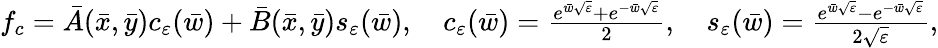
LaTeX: \begin{array}{r}{f_{c}=\bar{A}(\bar{x},\bar{y})c_{\varepsilon}(\bar{w})+\bar{B}(\bar{x},\bar{y})s_{\varepsilon}(\bar{w}),\quad c_{\varepsilon}(\bar{w})=\frac{e^{\bar{w}\sqrt{\varepsilon}}+e^{-\bar{w}\sqrt{\varepsilon}}}{2},\quad s_{\varepsilon}(\bar{w})=\frac{e^{\bar{w}\sqrt{\varepsilon}}-e^{-\bar{w}\sqrt{\varepsilon}}}{2\sqrt{\varepsilon}},}\end{array}